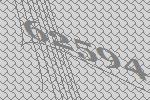
62594